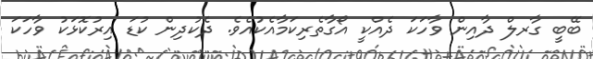
ބޭބީ ގާރލް ދާއިން ވާހަކަ ދެއްކީ އޯގާތެރިކަމާއެކުއެވެ. ދެކުދިން ކުޑަ އިރުކޮޅަކު ވާހަކަ